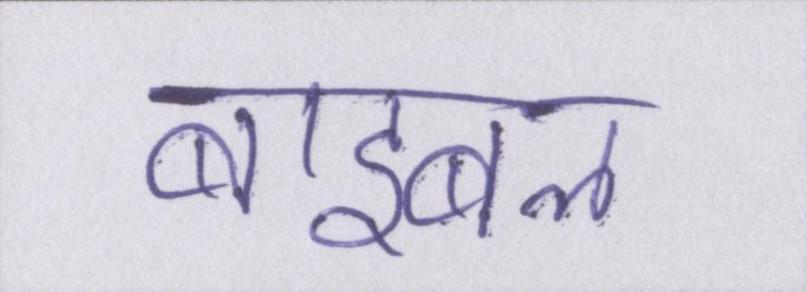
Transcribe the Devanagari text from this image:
बाइबल